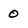
Character: 0